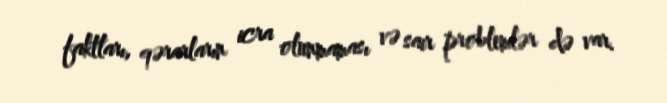
faktları, qərarların icra olunmaması və sair problemlər də var.